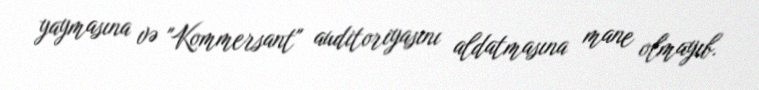
yaymasına və "Kommersant" auditoriyasını aldatmasına mane olmayıb.